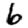
Digit: 6